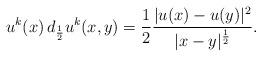
LaTeX: \begin{align*} u^k(x)\, d_{\frac{1}{2}}u^k(x,y) = \frac{1}{2} \frac{|u(x)-u(y)|^2}{|x-y|^{\frac{1}{2}}}.\end{align*}